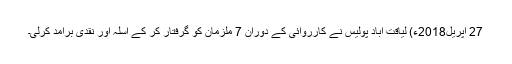
27 اپریل2018ء) لیاقت آباد پولیس نے کارروائی کے دوران 7 ملزمان کو گرفتار کر کے اسلہ اور نقدی برآمد کرلی۔